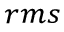
_ { r m s }